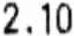
2.10